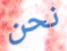
نحن